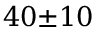
4 0 { \pm } 1 0 \